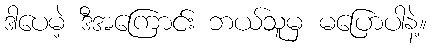
ဒါပေမဲ့ ဒီအကြောင်း ဘယ်သူမှ မပြောပါနဲ့။